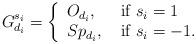
LaTeX: \begin{align*}G_{d_i}^{s_i} = \left\{ \begin{array}{ll} O_{d_i}, & \mbox{ if } s_i = 1 \\ Sp_{d_i}, & \mbox{ if } s_i = -1. \end{array} \right.\end{align*}